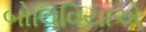
બોલિવિયાએ